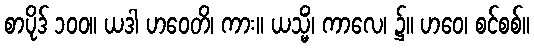
စာပိုဒ် ၁၀၀။ ယဒါ ဟဝေတိ၊ ကား။ ယသ္မိံ၊ ကာလေ၊ ၌။ ဟဝေ၊ စင်စစ်။